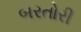
બરતોરી